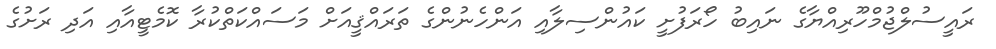
ރައީސުލްޖުމްހޫރިއްޔާގެ ނައިބު ހޯރަފުށީ ކައުންސިލާއި އަންހެނުންގެ ތަރައްޤީއަށް މަސައްކަތްކުރާ ކޮމެޓީއާއި އަދި ރަށުގެ